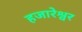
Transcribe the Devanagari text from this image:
हजारेश्वर